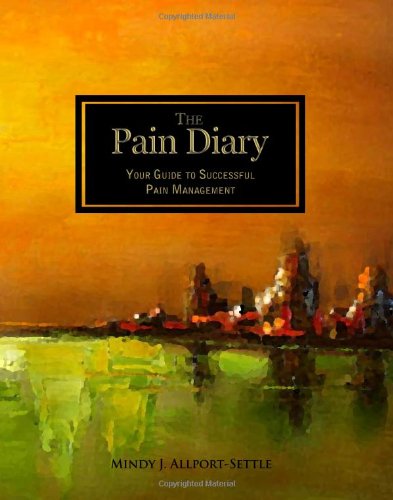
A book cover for The Pain Diary: Your Guide to Successful Pain Management; Mindy J. Allport-Settle; Health, Fitness & Dieting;